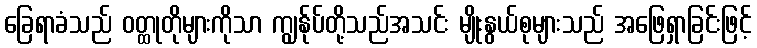
ခြေရာခံသည် ဝတ္ထုတိုများကိုသာ ကျွန်ုပ်တို့သည်အသင်း မျိုးနွယ်စုများသည် အဖြေရှာခြင်းဖြင့်